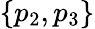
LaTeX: \{ p_{2},p_{3}\}